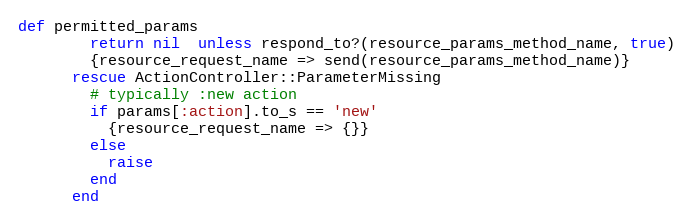
Language: Ruby
def permitted_params
        return nil  unless respond_to?(resource_params_method_name, true)
        {resource_request_name => send(resource_params_method_name)}
      rescue ActionController::ParameterMissing
        # typically :new action
        if params[:action].to_s == 'new'
          {resource_request_name => {}}
        else
          raise
        end
      end